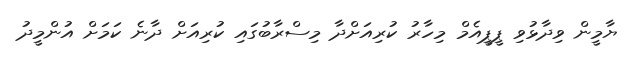
ޔާމީން ވިދާޅުވި ޕީޕީއެމް މިހާރު ކުރިއަށްދާ މިސްރާބުގައި ކުރިއަށް ދާނެ ކަމަށް އުންމީދު